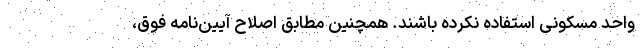
واحد مسکونی استفاده نکرده باشند. همچنین مطابق اصلاح آیین‌نامه فوق،